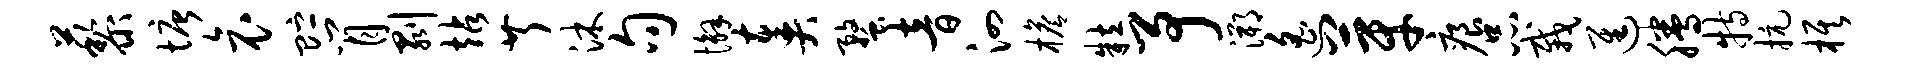
藜塘哀贮肖剥站芹沐句懈奏蝥音泗檐粒予溯遥芽痕品栽进腾特抗旗